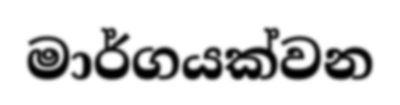
මාර්ගයක්වන